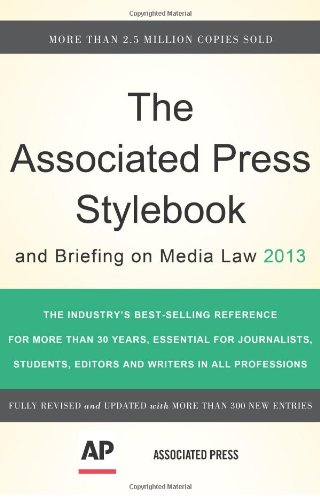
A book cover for The Associated Press Stylebook 2013 (Associated Press Stylebook and Briefing on Media Law); The Associated Press; Law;